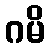
ဂမိ